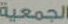
الجمعية